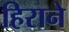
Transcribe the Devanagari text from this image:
हिराने